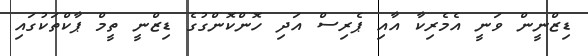
ޑިޒްނީން ވަނީ އެމެރިކާ އާއި ޕެރިސް އަދި ހޮންކޮންގުގެ ޑިޒްނީ ތީމް ޕާކްތަކުގައި